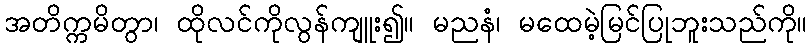
အတိက္ကမိတွာ၊ ထိုလင်ကိုလွန်ကျူး၍။ မညနံ၊ မထေမဲ့မြင်ပြုဘူးသည်ကို။